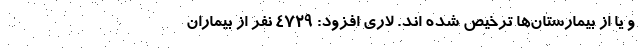
و یا از بیمارستان‌ها ترخیص شده اند. لاری افزود: ۴۷۲۹ نفر از بیماران